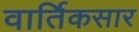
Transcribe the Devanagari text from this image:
वार्तिकसार